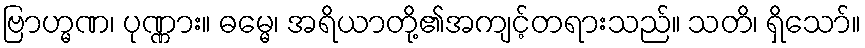
ဗြာဟ္မဏ၊ ပုဏ္ဏား။ ဓမ္မေ၊ အရိယာတို့၏အကျင့်တရားသည်။ သတိ၊ ရှိသော်။